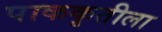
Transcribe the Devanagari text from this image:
पाककृतीला